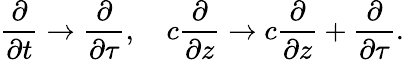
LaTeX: \frac{\partial}{\partial t}\to\frac{\partial}{\partial\tau},\quad c\frac{\partial}{\partial z}\to c\frac{\partial}{\partial z}+\frac{\partial}{\partial\tau}.